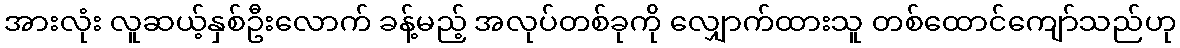
အားလုံး လူဆယ့်နှစ်ဦးလောက် ခန့်မည့် အလုပ်တစ်ခုကို လျှောက်ထားသူ တစ်ထောင်ကျော်သည်ဟု